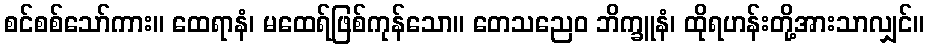
စင်စစ်သော်ကား။ ထေရာနံ၊ မထေရ်ဖြစ်ကုန်သော။ တေသညေဝ ဘိက္ခူနံ၊ ထိုရဟန်းတို့အားသာလျှင်။